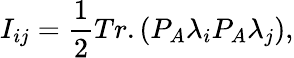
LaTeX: I_{ij}={\frac{1}{2}}Tr.(P_{A}\lambda_{i}P_{A}\lambda_{j}),